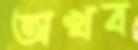
অখব